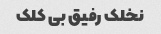
نخلک رفیق بی کلک